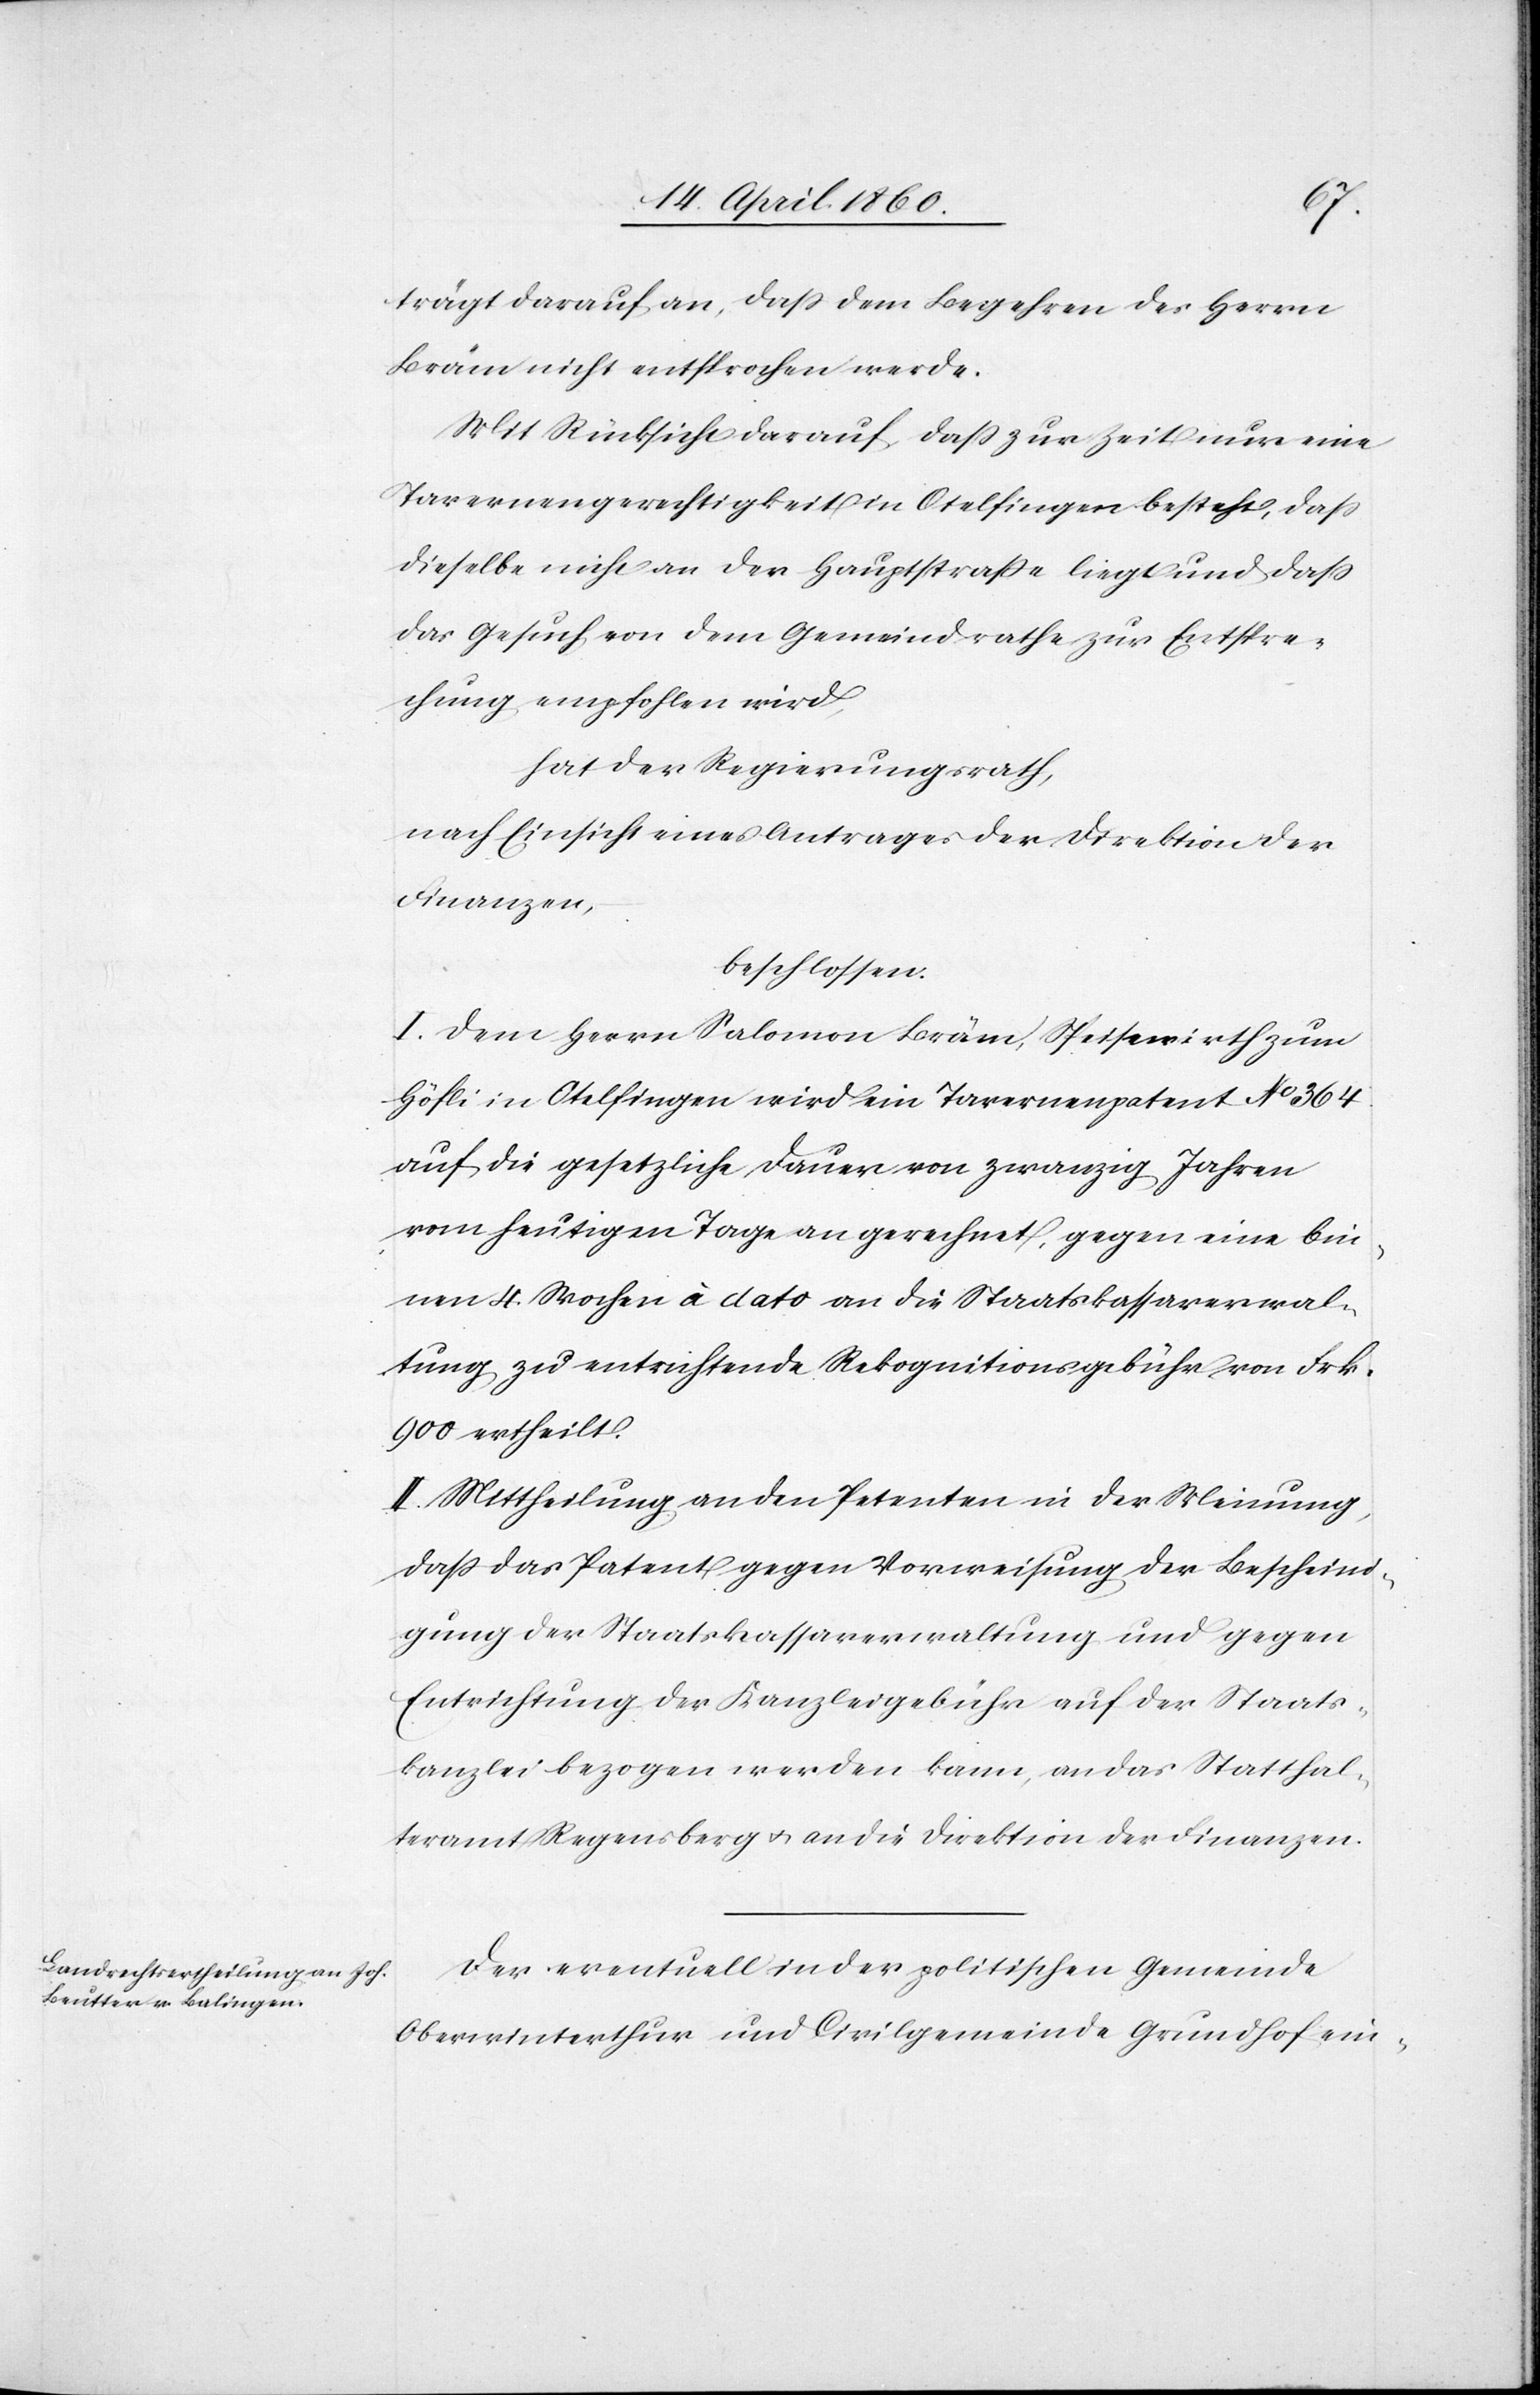
trägt darauf an, dass dem Begehren des Herrn
Bräm nicht entsprochen werde.
Mit Rücksicht darauf, dass zur Zeit nur eine
Tavernengerechtigkeit in Otelfingen besteht, dass
dieselbe nicht an der Hauptstrasse liegt und dass
das Gesuch von dem Gemeindrathe zur Entspre¬
chung empfohlen wird,
hat der Regierungsrath,
nach Einsicht eines Antrages der Direktion der
Finanzen
beschlossen:
I. Dem Herrn Salomon Bräm, Speisewirth zum
Höfli in Otelfingen wird ein Tavernenpatent No 364
auf die gesetzliche Dauer von zwanzig Jahren
nach heutigem Tage an gerechnet, gegen eine bin¬
nen 4 Wochen à dato an die Staatskassaverwal¬
tung zu entrichtende Rekognitionsgebühr von Frk.
900 ertheilt.
II. Mittheilung an den Petenten in der Meinung,
dass das Patent gegen Vorweisung der Bescheini¬
gung der Staatskassaverwaltung und gegen
Entrichtung der Kanzleigebühren auf der Staats¬
kanzlei bezogen werden kann, an das Statthal¬
teramt Regensberg u. an die Direktion der Finanzen.
Der eventuell in der politischen Gemeinde
Oberwinterthur und Civilgemeinde Grundhof ein-